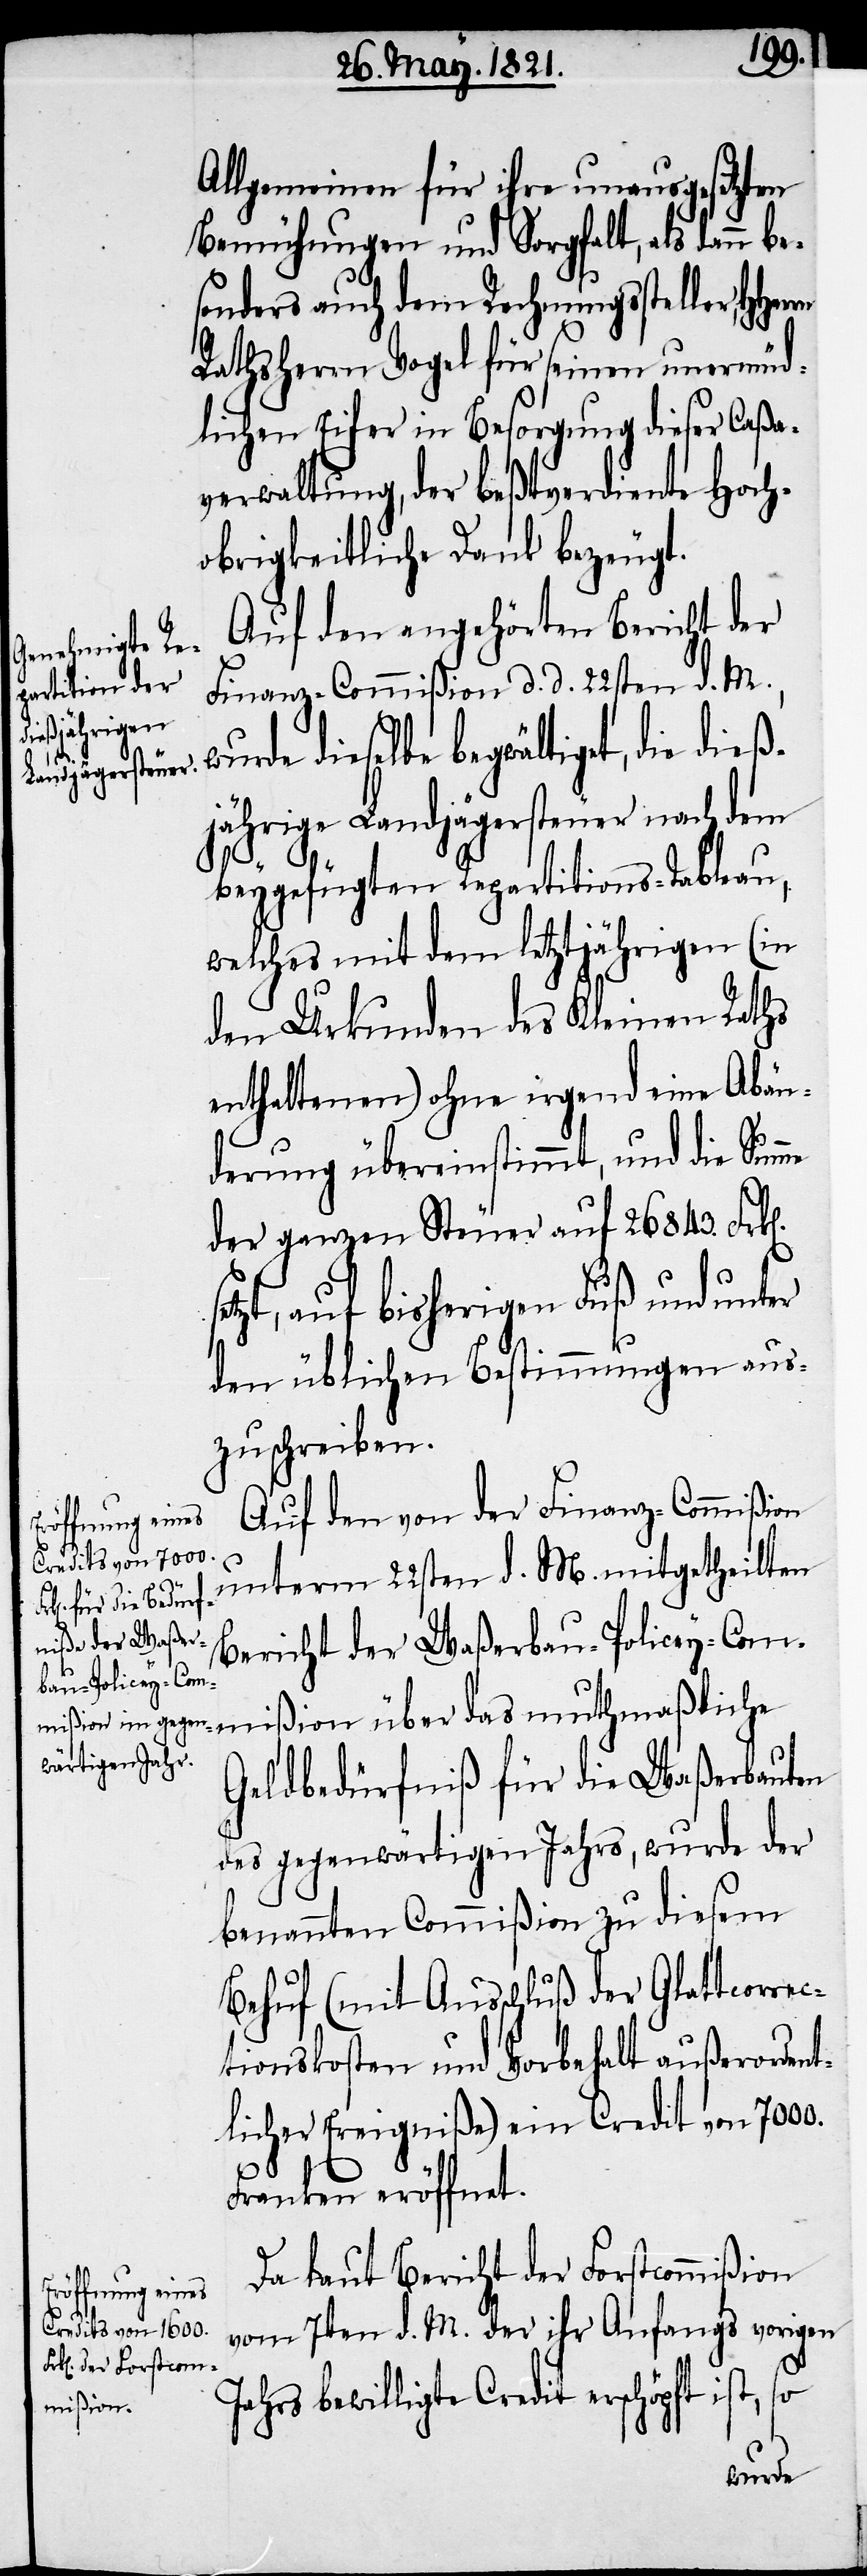
Allgemeinen, für ihre unausgesetzten
Bemühungen und Sorgfalt, als dann be¬
sonders auch dem Rechnungssteller,
Rathsherrn Vogel für seinen unermüd¬
lichen Eifer in Besorgung dieser Caß¬
erwaltung, der beßtverdiente Hoch¬
obrigkeitliche Dank bezeugt.
Auf den angehörten Bericht der
Finanz-Commißion d. d. 22sten d. M.,
wurde dieselbe begwältigt, die dieß¬
n].
jährige Landjägersteuer nach dem
beygefügten Repartitions-Tableau,
welches mit dem letztjährigen (in
den Urkunden des Kleinen Raths
enthaltenen) ohne irgend eine Abän¬
derung übereinstimmt, und die Summe
der ganzen Steuer auf 26 843. Frk[e¬
etzt, auf bisherigen Fuß und unter
den üblichen Bestimmungen aus¬
zuschreiben.
Auf den von der Finanz-Commißion
unterm 22sten d. M. mitgetheilten
Bericht der Waßerbau-Policey-C¬
ommißion über das muthmaßliche
Geldbedürfniß für die Waßerbauten
des gegenwärtigen Jahres, wurde der
benannten Commißion zu diesem
Behuf (mit Ausschluß der Glattcorre¬
ctionskosten und Vorbehalt außerordent¬
licher Ereigniße) ein Credit von 7000.
J¬
Franken eröffnet.
Da laut Bericht der Forstcommißion
vom 7ten d. M. der ihr Anfangs vorigen
ahres bewilligte Credit erschöpft ist, so